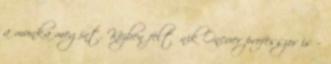
a munka megint. Közben feltűnik Oncuer professzor is –